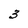
Character: 3